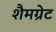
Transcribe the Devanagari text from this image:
शैमग्रेट